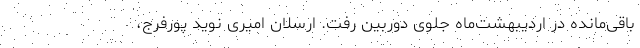
باقی‌مانده در اردیبهشت‌ماه جلوی دوربین رفت. ارسلان امیری نوید پورفرج،